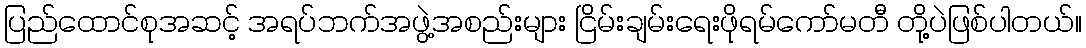
ပြည်ထောင်စုအဆင့် အရပ်ဘက်အဖွဲ့အစည်းများ ငြိမ်းချမ်းရေးဖိုရမ်ကော်မတီ တို့ပဲဖြစ်ပါတယ်။